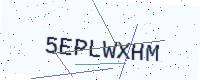
Text: 5EPLWXHM